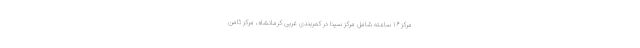
مرکز ۱۶ ساعته شامل مرکز سینا در کمربندی غربی کرمانشاه، مرکز ثامن